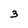
Character: 3